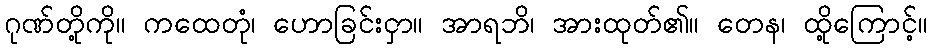
ဂုဏ်တို့ကို။ ကထေတုံ၊ ဟောခြင်းငှာ။ အာရဘိ၊ အားထုတ်၏။ တေန၊ ထို့ကြောင့်။